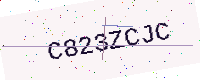
Text: C823ZCJC